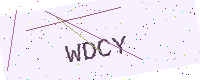
Text: WDCY